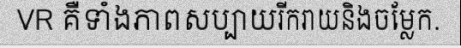
VR គឺទាំងភាពសប្បាយរីករាយនិងចម្លែក.